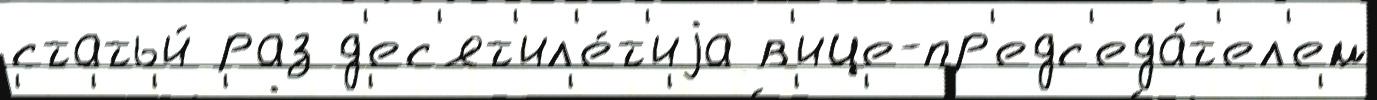
статьи́ раз д'ес'ят'ил'е́т'иjа в'ице-пр'едс'еда́т'ел'ем